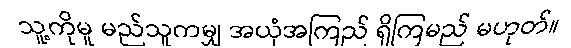
သူ့ကိုမူ မည်သူကမျှ အယုံအကြည် ရှိကြမည် မဟုတ်။